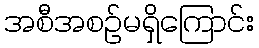
အစီအစဉ်မရှိကြောင်း